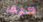
كيف